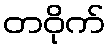
တဝိုက်